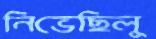
নিভেছিলু